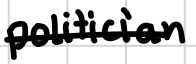
Text: politician
Cross-out: single-line
Writing tool: digital_black